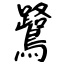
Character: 鷺